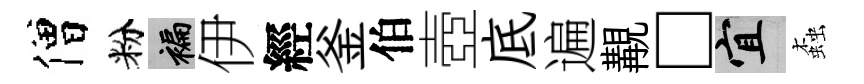
僧粉褊伊經釜伯壺底遍覯□宜螙